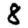
Digit: 8